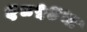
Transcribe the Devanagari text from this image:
१८५४चा